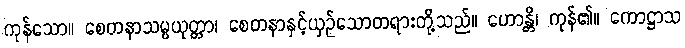
ကုန်သော။ စေတနာသမ္ပယုတ္တာ၊ စေတနာနှင့်ယှဉ်သောတရားတို့သည်။ ဟောန္တိ၊ ကုန်၏။ ကောဋ္ဌာသ